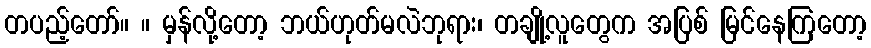
တပည့်တော်။ ။ မှန်လို့တော့ ဘယ်ဟုတ်မလဲဘုရား၊ တချို့လူတွေက အပြစ် မြင်နေကြတော့